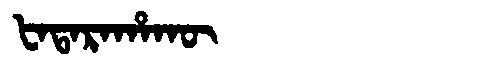
Manchu: ᡶᠠᡨᠠᡵᠠᡥᠠᡴᡡ
Romanization: FATARAHAKŪ